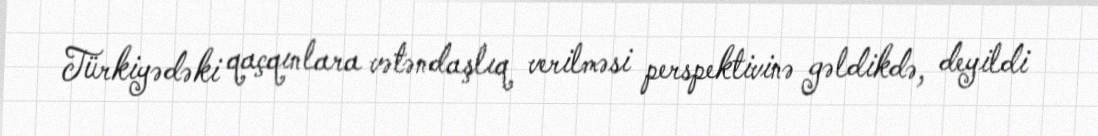
Türkiyədəki qaçqınlara vətəndaşlıq verilməsi perspektivinə gəldikdə, deyildi